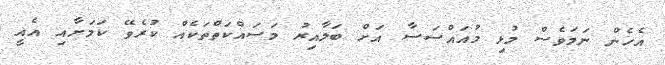
އެހެން ނަމަވެސް މުޅި މުއައްސަސާ އަށް ބަލާއިރު މަސައްކަތްތަކެއް ކުރެވޭ ކަމަށާއި އެއީ